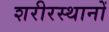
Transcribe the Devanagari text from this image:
शरीरस्थानों